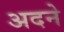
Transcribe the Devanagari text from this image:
अदने